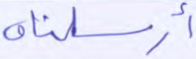
أرسلناه